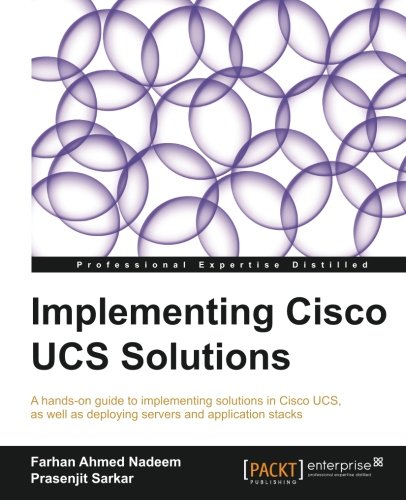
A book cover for Implementing Cisco UCS Solutions; Farhan Nadeem; Computers & Technology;